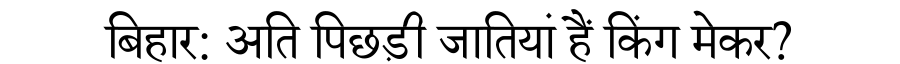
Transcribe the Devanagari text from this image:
बिहार: अति पिछड़ी जातियां हैं किंग मेकर?